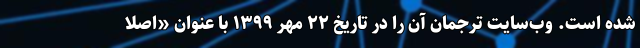
شده است. وب‌سایت ترجمان آن را در تاریخ ۲۲ مهر ۱۳۹۹ با عنوان «اصلاً